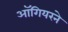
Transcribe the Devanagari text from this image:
ऑगियरने